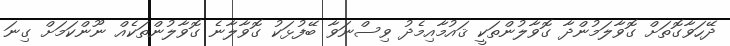
ދޭހަވާގޮތަށް ގޮވާލަމުންދާ ގޮވާލުންތަކީ ޤައުމާއިމެދު ވިސްނަވާ ބޭފުޅަކު ގޮވާލާނެ ގޮވާލުންތަކެއް ނޫންކަމަށް ގިނަ